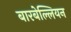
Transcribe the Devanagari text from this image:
बारबेल्लियन